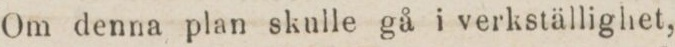
Om denna plan skulle gå i verkställighet,